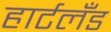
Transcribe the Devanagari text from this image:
हार्टलँड